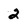
Character: 2